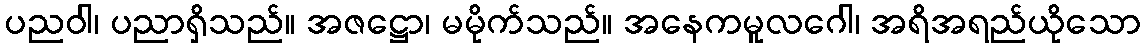
ပညဝါ၊ ပညာရှိသည်။ အဇဋ္ဌော၊ မမိုက်သည်။ အနေကမူလဂေါ၊ အရိအရည်ယိုသော